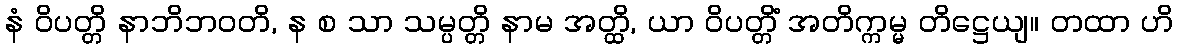
နံ ဝိပတ္တိ နာဘိဘဝတိ, န စ သာ သမ္ပတ္တိ နာမ အတ္ထိ, ယာ ဝိပတ္တိံ အတိက္ကမ္မ တိဋ္ဌေယျ။ တထာ ဟိ